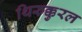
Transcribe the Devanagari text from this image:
थिरुक्कुरल